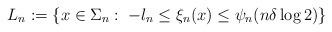
LaTeX: \begin{align*}L_n:=\{x\in \Sigma_n:\;-l_n\leq \xi_n(x)\leq \psi_n(n\delta \log 2)\}\end{align*}